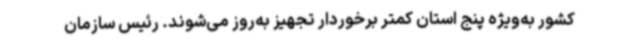
کشور به‌ویژه پنج استان کمتر برخوردار تجهیز به‌روز می‌شوند. رئیس سازمان